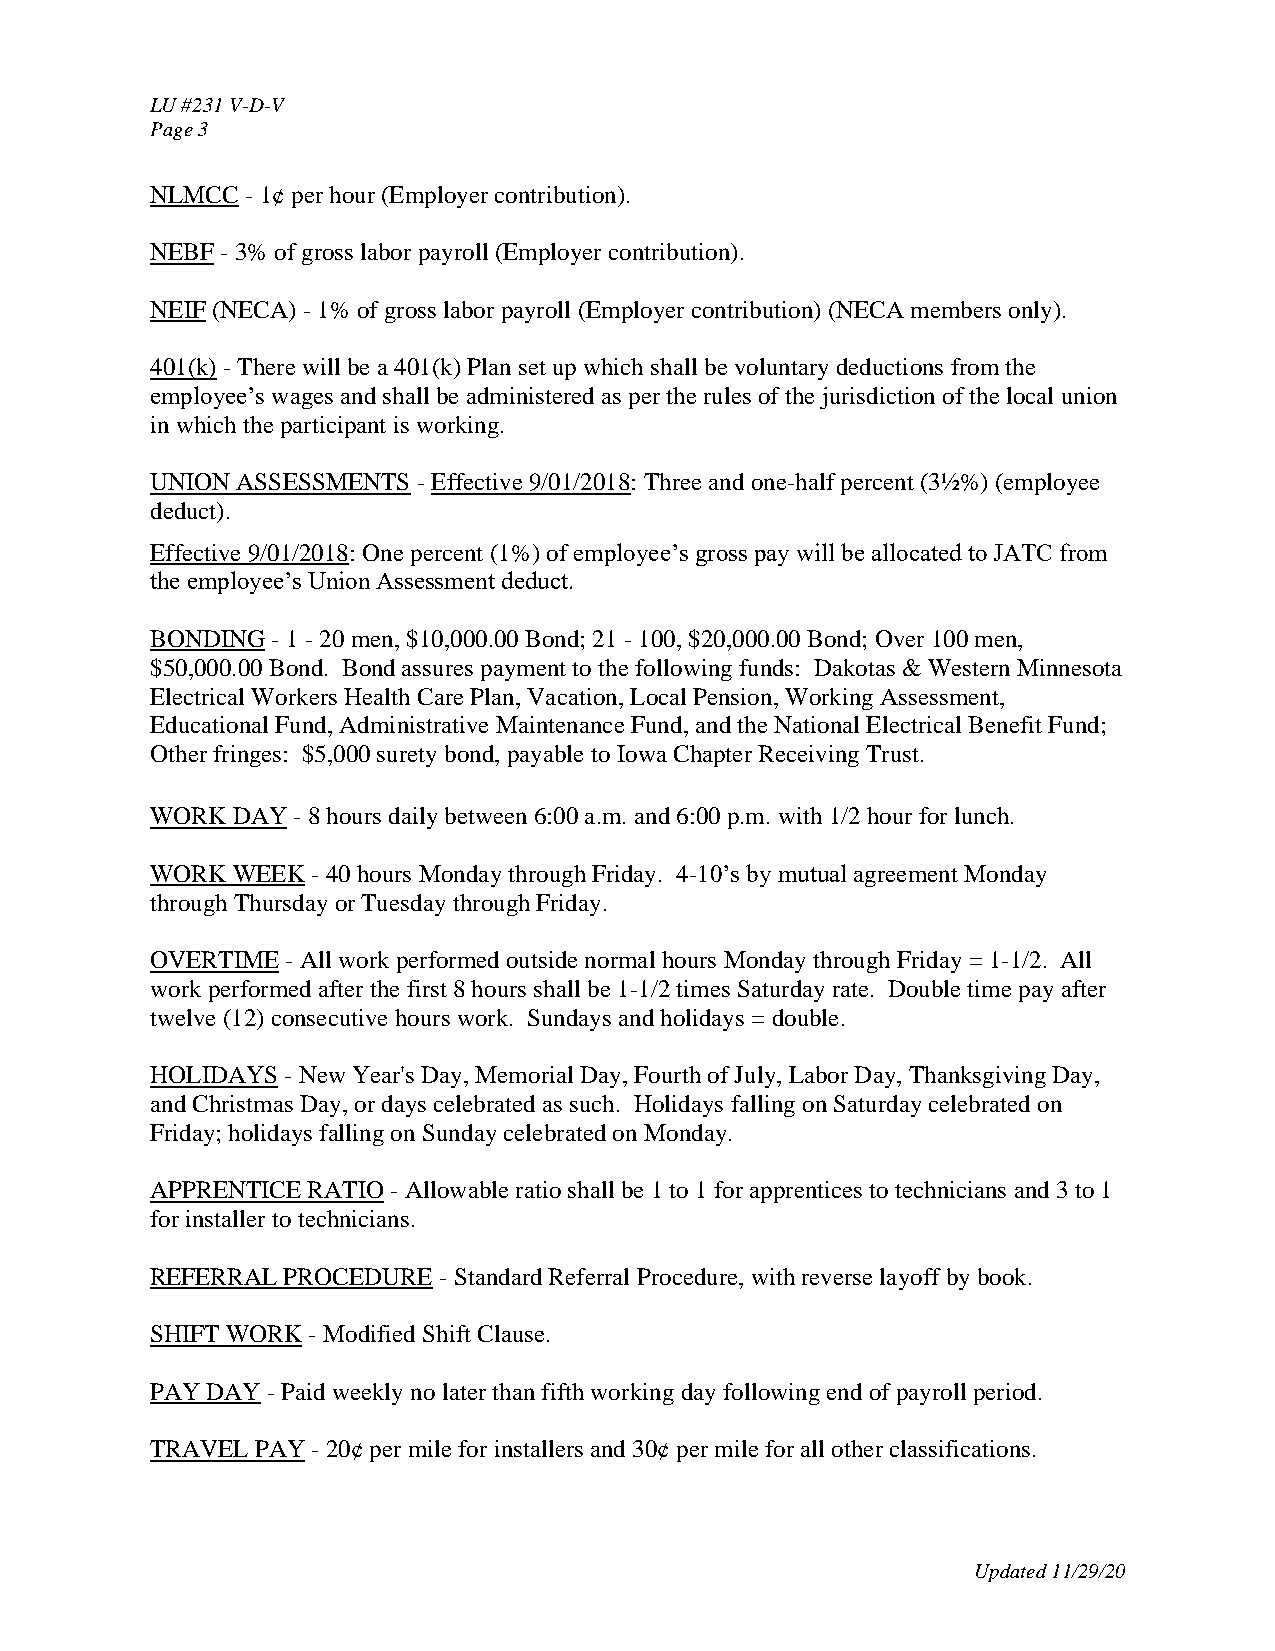
LU #231 V-D-V
 Page 3
 NLMCC - 1¢ per hour (Employer contribution).
 NEBF - 3% of gross labor payroll (Employer contribution).
 NEIF (NECA) - 1% of gross labor payroll (Employer contribution) (NECA members only).
 401(k) - There will be a 401(k) Plan set up which shall be voluntary deductions from the
 employee’s wages and shall be administered as per the rules of the jurisdiction of the local union
 in which the participant is working.
 UNION ASSESSMENTS - Effective 9/01/2018: Three and one-half percent (3½%) (employee
 deduct).
 Effective 9/01/2018: One percent (1%) of employee’s gross pay will be allocated to JATC from
 the employee’s Union Assessment deduct.
 BONDING - 1 - 20 men, $10,000.00 Bond; 21 - 100, $20,000.00 Bond; Over 100 men,
 $50,000.00 Bond. Bond assures payment to the following funds: Dakotas & Western Minnesota
 Electrical Workers Health Care Plan, Vacation, Local Pension, Working Assessment,
 Educational Fund, Administrative Maintenance Fund, and the National Electrical Benefit Fund;
 Other fringes: $5,000 surety bond, payable to Iowa Chapter Receiving Trust.
 WORK DAY - 8 hours daily between 6:00 a.m. and 6:00 p.m. with 1/2 hour for lunch.
 WORK WEEK  - 40 hours Monday through Friday. 4-10’s by mutual agreement Monday
 through Thursday or Tuesday through Friday.
 OVERTIME - All work performed outside normal hours Monday through Friday = 1-1/2. All
 work performed after the first 8 hours shall be 1-1/2 times Saturday rate. Double time pay after
 twelve (12) consecutive hours work. Sundays and holidays = double.
 HOLIDAYS - New Year's Day, Memorial Day, Fourth of July, Labor Day, Thanksgiving Day,
 and Christmas Day, or days celebrated as such. Holidays falling on Saturday celebrated on
 Friday; holidays falling on Sunday celebrated on Monday.
 APPRENTICE RATIO - Allowable ratio shall be 1 to 1 for apprentices to technicians and 3 to 1
 for installer to technicians.
 REFERRAL PROCEDURE - Standard Referral Procedure, with reverse layoff by book.
 SHIFT WORK - Modified Shift Clause.
 PAY DAY - Paid weekly no later than fifth working day following end of payroll period.
 TRAVEL PAY - 20¢ per mile for installers and 30¢ per mile for all other classifications.
 Updated 11/29/20